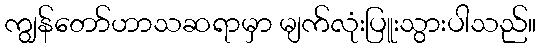
ကျွန်တော်ဟာသဆရာမှာ မျက်လုံးပြူးသွားပါသည်။